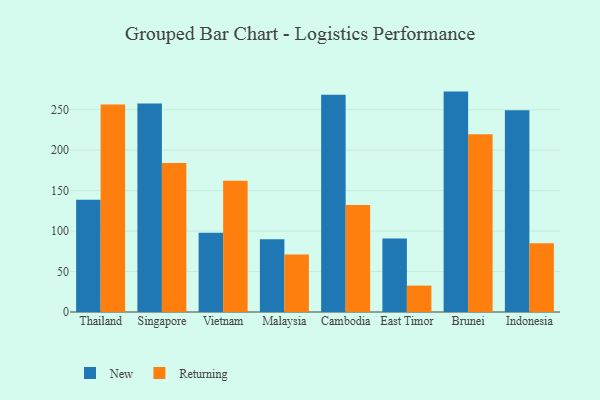
{"axis": {"x": "Country", "y": "Latency (ms)"}, "legend": ["New", "Returning"], "data": [{"x": "Thailand", "y": 138.6, "type": "New"}, {"x": "Thailand", "y": 256.4, "type": "Returning"}, {"x": "Singapore", "y": 257.7, "type": "New"}, {"x": "Singapore", "y": 184.0, "type": "Returning"}, {"x": "Vietnam", "y": 97.8, "type": "New"}, {"x": "Vietnam", "y": 162.3, "type": "Returning"}, {"x": "Malaysia", "y": 89.8, "type": "New"}, {"x": "Malaysia", "y": 71.2, "type": "Returning"}, {"x": "Cambodia", "y": 268.5, "type": "New"}, {"x": "Cambodia", "y": 132.2, "type": "Returning"}, {"x": "East Timor", "y": 90.8, "type": "New"}, {"x": "East Timor", "y": 32.6, "type": "Returning"}, {"x": "Brunei", "y": 272.4, "type": "New"}, {"x": "Brunei", "y": 219.8, "type": "Returning"}, {"x": "Indonesia", "y": 249.4, "type": "New"}, {"x": "Indonesia", "y": 85.1, "type": "Returning"}]}